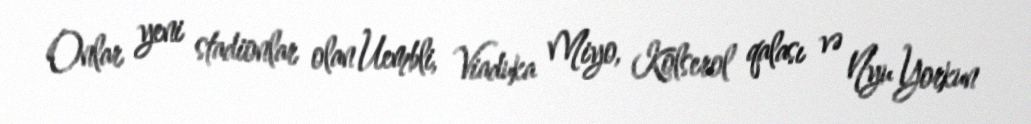
Onlar yeni stadionlar olan Uembli, Viaduka Miyo, Kolserol qalası və Nyu Yorkun